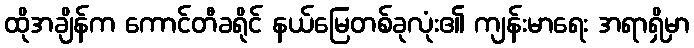
ထိုအချိန်က ကောင်တီခရိုင် နယ်မြေတစ်ခုလုံး၏ ကျန်းမာရေး အရာရှိမှာ